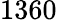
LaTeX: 1360